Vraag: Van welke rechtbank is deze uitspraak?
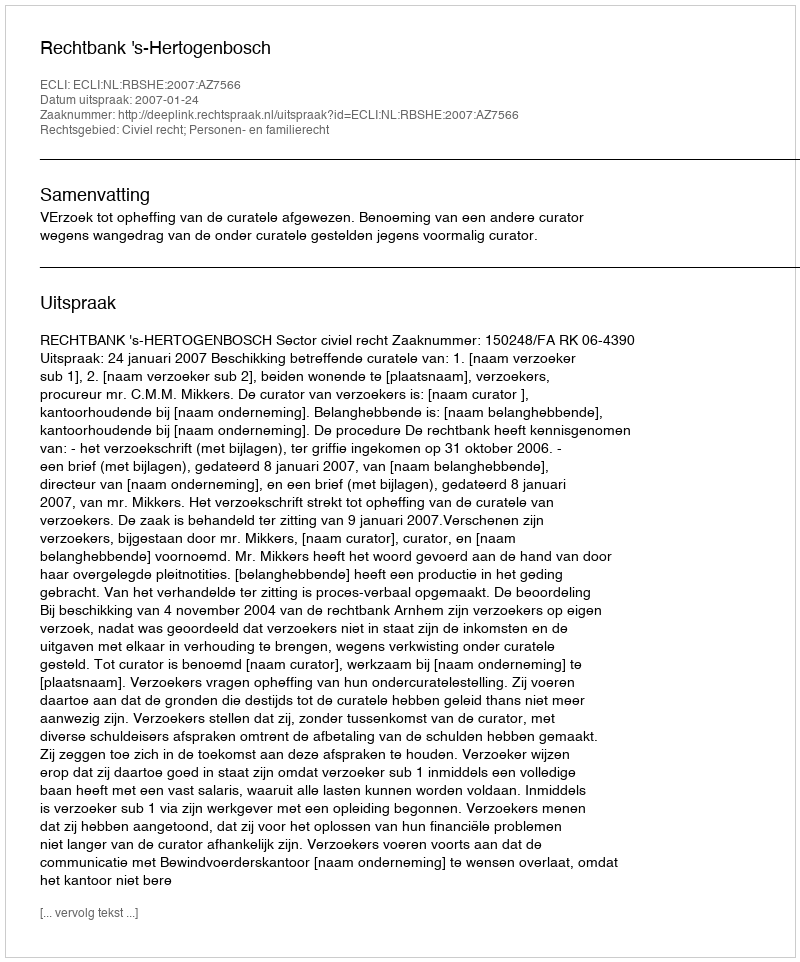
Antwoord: Rechtbank 's-Hertogenbosch